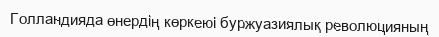
Голландияда өнердің көркеюі буржуазиялық революцияның